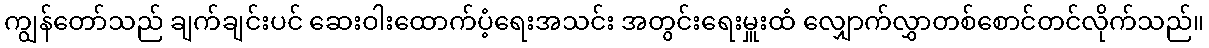
ကျွန်တော်သည် ချက်ချင်းပင် ဆေးဝါးထောက်ပံ့ရေးအသင်း အတွင်းရေးမှူးထံ လျှောက်လွှာတစ်စောင်တင်လိုက်သည်။